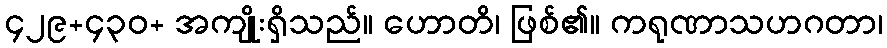
၄၂၉+၄၃၀+ အကျိုးရှိသည်။ ဟောတိ၊ ဖြစ်၏။ ကရုဏာသဟဂတာ၊